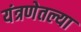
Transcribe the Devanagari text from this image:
यंत्रणेतल्या